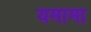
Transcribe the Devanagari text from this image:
यमामा